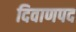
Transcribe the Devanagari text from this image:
दिवाणपद